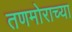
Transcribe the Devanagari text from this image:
तणमोराच्या